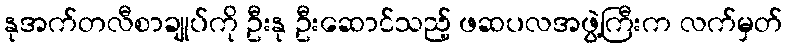
နုအက်တလီစာချုပ်ကို ဦးနု ဦးဆောင်သည့် ဖဆပလအဖွဲ့ကြီးက လက်မှတ်